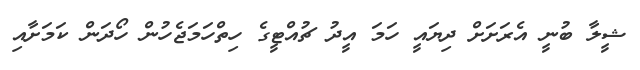
ޝީލާ ބުނީ އެރަށަށް ދިޔައީ ހަމަ އީދު ޗުއްޓީގެ ހިތްހަމަޖެހުން ހޯދަން ކަމަށާއި